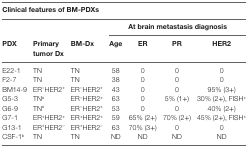
<table><thead><tr><td colspan="7"><b>Clinical features of BM-PDXs</b></td></tr><tr><td></td><td colspan="2"></td><td colspan="4"><b>At brain metastasis diagnosis</b></td></tr><tr><td><b>PDX</b></td><td><b>Primary tumor Dx</b></td><td><b>BM-Dx</b></td><td><b>Age</b></td><td><b>ER</b></td><td><b>PR</b></td><td><b>HER2</b></td></tr></thead><tbody><tr><td>E22-1</td><td>TN</td><td>TN</td><td>58</td><td>0</td><td>0</td><td>0</td></tr><tr><td>F2-7</td><td>TN</td><td>TN</td><td>38</td><td>0</td><td>0</td><td>0</td></tr><tr><td>BM14-9</td><td>ER<sup>−</sup>HER2<sup>+</sup></td><td>ER<sup>−</sup>HER2<sup>+</sup></td><td>43</td><td>0</td><td>0</td><td>95% (3+)</td></tr><tr><td>G5-3</td><td>TN<sup>a</sup></td><td>ER<sup>−</sup>HER2<sup>+</sup></td><td>63</td><td>0</td><td>5% (1+)</td><td>30% (2+), FISH<sup>+</sup></td></tr><tr><td>G6-9</td><td>TN<sup>a</sup></td><td>ER<sup>−</sup>HER2<sup>+</sup></td><td>53</td><td>0</td><td>0</td><td>40% (2+)</td></tr><tr><td>G7-1</td><td>ER<sup>+</sup>HER2<sup>+</sup></td><td>ER<sup>+</sup>HER2<sup>+</sup></td><td>59</td><td>65% (2+)</td><td>70% (2+)</td><td>45% (2+), FISH<sup>+</sup></td></tr><tr><td>G13-1</td><td>ER<sup>+</sup>HER2<sup>−</sup></td><td>ER<sup>+</sup>HER2<sup>−</sup></td><td>63</td><td>70% (3+)</td><td>0</td><td>0</td></tr><tr><td>CSF-1<sup>b</sup></td><td>TN</td><td>TN</td><td>ND</td><td>ND</td><td>ND</td><td>ND</td></tr></tbody></table>